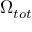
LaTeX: \Omega _ { t o t }